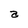
Character: a